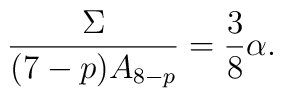
\frac{\Sigma}{(7-p)A_{8-p}}=\frac{3}{8}\alpha.